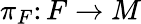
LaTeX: \pi_{F}\colon F\to M